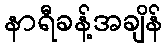
နာရီခန့်အချိန်